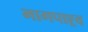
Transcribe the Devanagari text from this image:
भागपाश्र्व